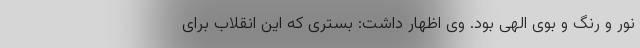
نور و رنگ و بوی الهی بود. وی اظهار داشت: بستری که این انقلاب برای